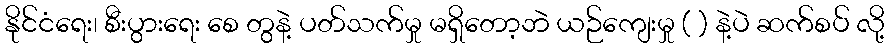
နိုင်ငံရေး၊ စီးပွားရေး စေ တွနဲ့ ပတ်သက်မှု မရှိတော့ဘဲ ယဉ်ကျေးမှု ( ) နဲ့ပဲ ဆက်စပ် လို့